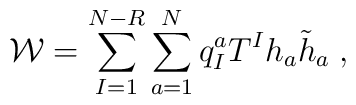
{\cal W}=\sum_{I=1}^{N-R} \sum_{a=1}^{N} q_I^a T^I h_a \tilde h_a\; ,